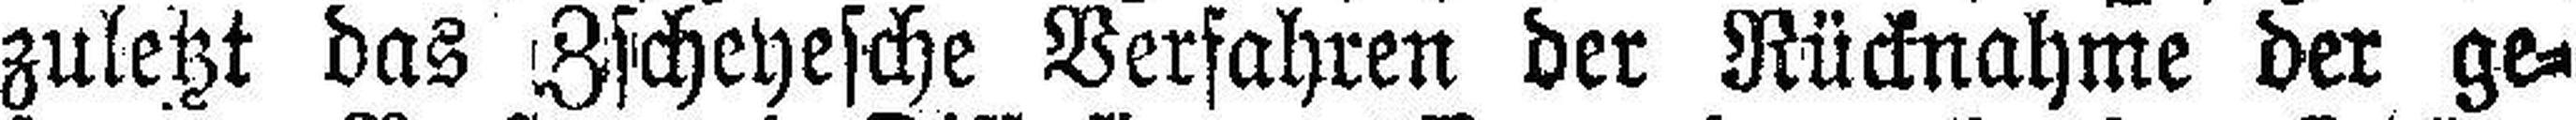
zuletzt das Zscheyesche Verfahren der Rücknahme der ge¬